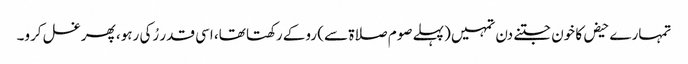
تمہارے حیض کا خون جتنے دن تمہیں (پہلے صوم صلاۃ سے) روکے رکھتا تھا، اسی قدر رُکی رہو، پھر غسل کرو۔